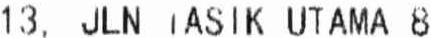
13, JLN TASIK UTAMA 8